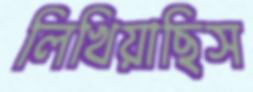
লিখিয়াছিস